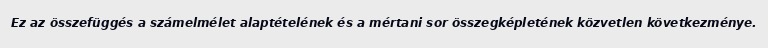
Ez az összefüggés a számelmélet alaptételének és a mértani sor összegképletének közvetlen következménye.